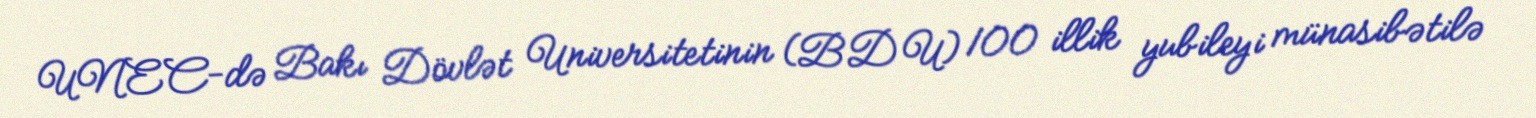
UNEC-də Bakı Dövlət Universitetinin (BDU) 100 illik yubileyi münasibətilə